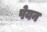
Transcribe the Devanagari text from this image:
पेयन